Lock hospitals Punjab
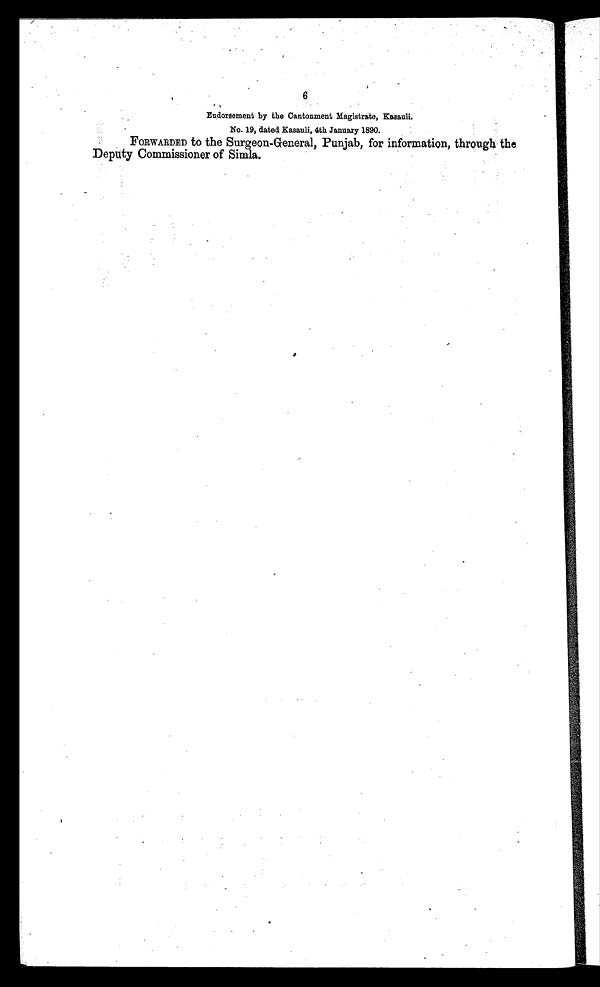
6
Endorsement by the Cantonment Magistrate, Kasauli.
No. 19, dated Kasauli, 4th January 1890.
FORWARDED to the Surgeon-General, Punjab, for information, through the
Deputy Commissioner of Simla.